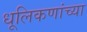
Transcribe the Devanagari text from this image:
धूलिकणांच्या